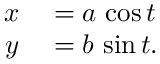
\begin{array} { r l } { x } & { { } = a \, \cos t } \\ { y } & { { } = b \, \sin t . } \end{array}